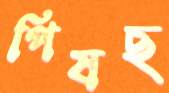
পিষছ